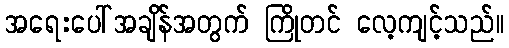
အရေးပေါ်အချိန်အတွက် ကြိုတင် လေ့ကျင့်သည်။